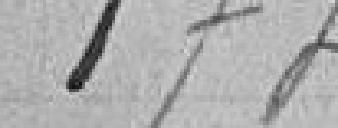
174